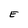
Character: E